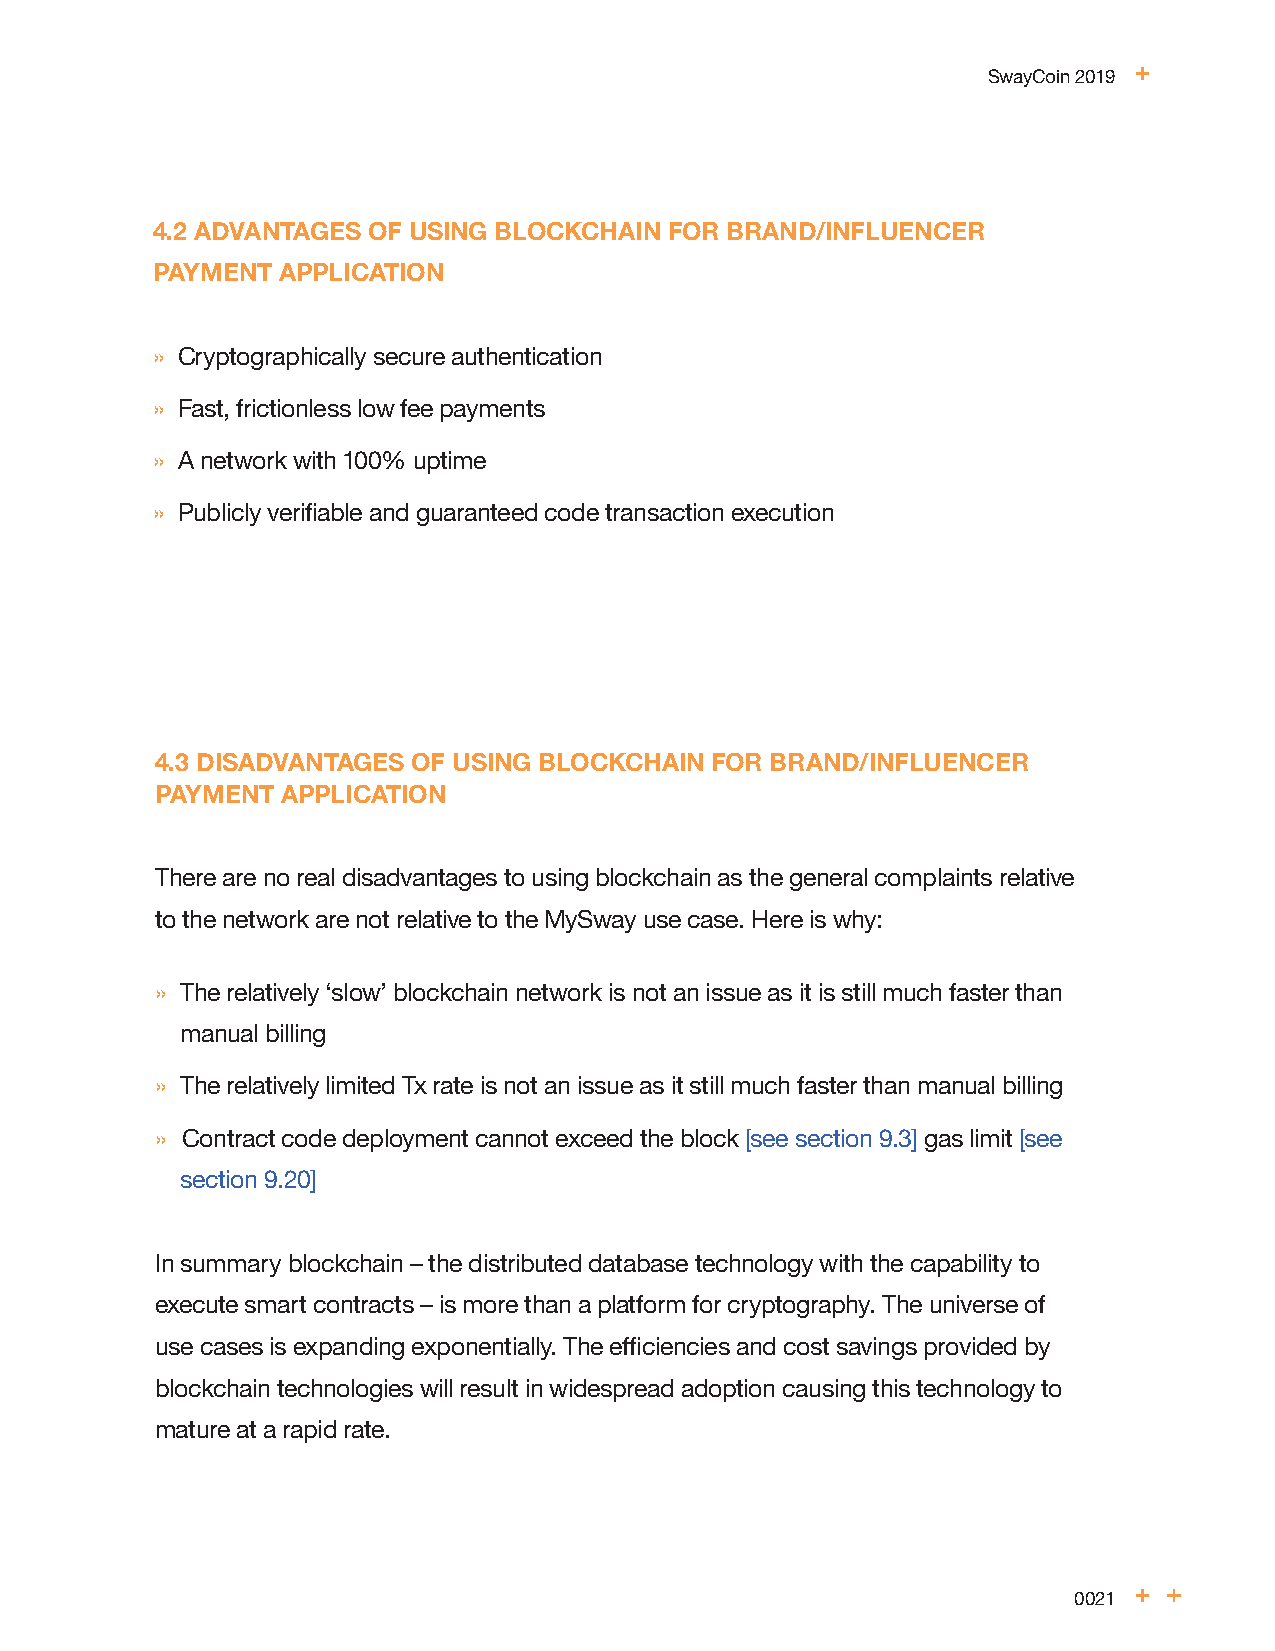
SwayCoin 2019
 4.2 ADVANTAGES OF USING BLOCKCHAIN FOR BRAND/INFLUENCER
 PAYMENT APPLICATION
 » Cryptographically secure authentication
 » Fast, frictionless low fee payments
 » A network with 100% uptime
 » Publicly verifiable and guaranteed code transaction execution
 4.3 DISADVANTAGES OF USING BLOCKCHAIN FOR BRAND/INFLUENCER
 PAYMENT  APPLICATION
 There are no real disadvantages to using blockchain as the general complaints relative
 to the network are not relative to the MySway use case. Here is why:
 » The relatively ‘slow’ blockchain network is not an issue as it is still much faster than
 manual billing
 » The relatively limited Tx rate is not an issue as it still much faster than manual billing
 » Contract code deployment cannot exceed the block [see section 9.3] gas limit [see
 section 9.20]
 In summary blockchain – the distributed database technology with the capability to
 execute smart contracts – is more than a platform for cryptography. The universe of
 use cases is expanding exponentially. The efficiencies and cost savings provided by
 blockchain technologies will result in widespread adoption causing this technology to
 mature at a rapid rate.
 0021